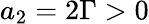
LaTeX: a_{2}=2\Gamma>0